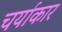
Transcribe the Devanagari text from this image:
चर्याकार